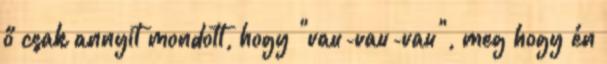
ő csak annyit mondott, hogy "vau-vau-vau", meg hogy én